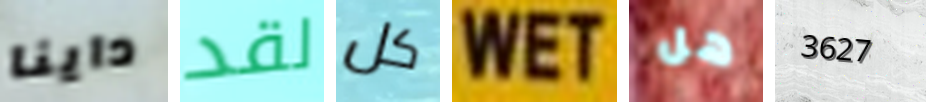
داينا لقد كل WET هل 3627